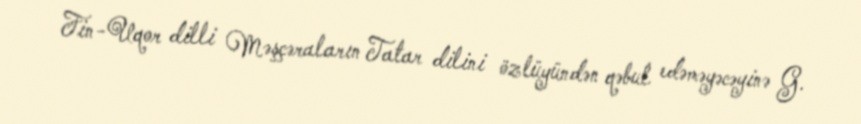
Fin-Uqor dilli Məşçəraların Tatar dilini özlüyündən qəbul edəməyəcəyinə G.